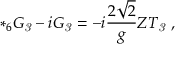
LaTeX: * _ { 6 } G _ { \it 3 } - i G _ { \it 3 } = - i \frac { 2 \sqrt { 2 } } { g } Z T _ { \it 3 } \ ,